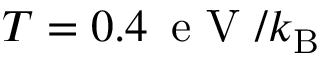
{ T = 0 . 4 \, \mathrm { ~ e ~ V ~ } / k _ { \mathrm { B } } }